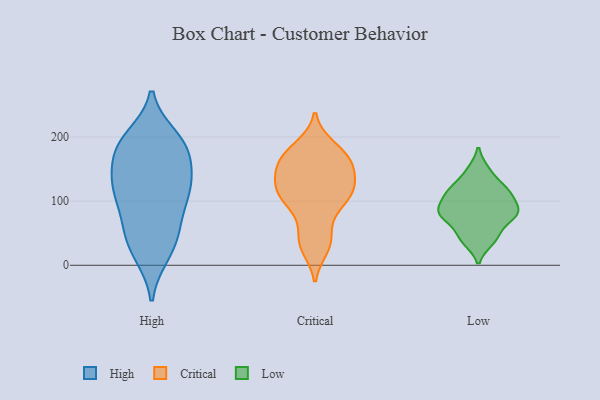
{"axis": {"x": "Churn Rate (%)", "y": "Value"}, "legend": ["Critical", "High", "Low"], "data": [{"x": "", "y": 128, "type": "High"}, {"x": "", "y": 185, "type": "High"}, {"x": "", "y": 152, "type": "High"}, {"x": "", "y": 184, "type": "High"}, {"x": "", "y": 111, "type": "High"}, {"x": "", "y": 149, "type": "High"}, {"x": "", "y": 16, "type": "High"}, {"x": "", "y": 38, "type": "High"}, {"x": "", "y": 110, "type": "High"}, {"x": "", "y": 56, "type": "High"}, {"x": "", "y": 58, "type": "High"}, {"x": "", "y": 172, "type": "High"}, {"x": "", "y": 200, "type": "High"}, {"x": "", "y": 197, "type": "High"}, {"x": "", "y": 103, "type": "High"}, {"x": "", "y": 62, "type": "High"}, {"x": "", "y": 190, "type": "High"}, {"x": "", "y": 116, "type": "High"}, {"x": "", "y": 126, "type": "High"}, {"x": "", "y": 16, "type": "High"}, {"x": "", "y": 99, "type": "Critical"}, {"x": "", "y": 119, "type": "Critical"}, {"x": "", "y": 167, "type": "Critical"}, {"x": "", "y": 144, "type": "Critical"}, {"x": "", "y": 35, "type": "Critical"}, {"x": "", "y": 40, "type": "Critical"}, {"x": "", "y": 102, "type": "Critical"}, {"x": "", "y": 158, "type": "Critical"}, {"x": "", "y": 116, "type": "Critical"}, {"x": "", "y": 180, "type": "Critical"}, {"x": "", "y": 114, "type": "Critical"}, {"x": "", "y": 185, "type": "Critical"}, {"x": "", "y": 73, "type": "Critical"}, {"x": "", "y": 137, "type": "Critical"}, {"x": "", "y": 166, "type": "Critical"}, {"x": "", "y": 27, "type": "Critical"}, {"x": "", "y": 114, "type": "Critical"}, {"x": "", "y": 155, "type": "Critical"}, {"x": "", "y": 147, "type": "Low"}, {"x": "", "y": 81, "type": "Low"}, {"x": "", "y": 84, "type": "Low"}, {"x": "", "y": 80, "type": "Low"}, {"x": "", "y": 116, "type": "Low"}, {"x": "", "y": 39, "type": "Low"}, {"x": "", "y": 80, "type": "Low"}, {"x": "", "y": 47, "type": "Low"}, {"x": "", "y": 109, "type": "Low"}, {"x": "", "y": 117, "type": "Low"}]}